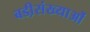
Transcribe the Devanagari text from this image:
बडी़संख्याओं